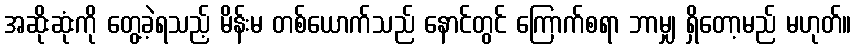
အဆိုးဆုံးကို တွေ့ခဲ့ရသည့် မိန်းမ တစ်ယောက်သည် နောင်တွင် ကြောက်စရာ ဘာမျှ ရှိတော့မည် မဟုတ်။